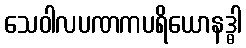
သေဝါလပဏကပရိယောနဒ္ဓါ